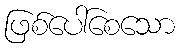
ဖြစ်ပေါ်စေသော